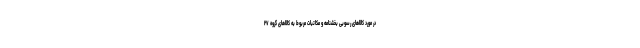
در مورد کالاهای رسوبی بخشنامه و مکاتبات مربوط به کالاهای گر‌وه ۲۷